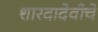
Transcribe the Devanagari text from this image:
शारदादेवीचे